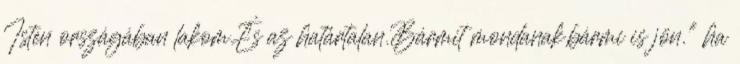
Isten országában lakom.És az határtalan.Bármit mondanak,bármi is jön." ha